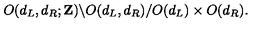
O ( d _ { L } , d _ { R } ; { \bf Z } ) \backslash O ( d _ { L } , d _ { R } ) / O ( d _ { L } ) \times O ( d _ { R } ) .